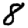
Digit: 8